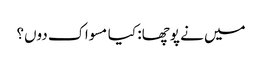
میں نے پوچھا: کیا مسواک دوں؟